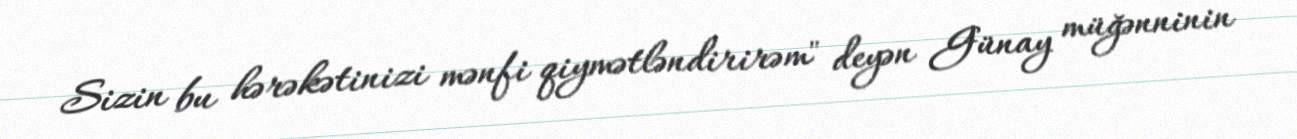
Sizin bu hərəkətinizi mənfi qiymətləndirirəm" deyən Günay müğənninin